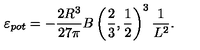
\varepsilon _ { p o t } = - \frac { 2 R ^ { 3 } } { 2 7 \pi } B \left( \frac { 2 } { 3 } , \frac { 1 } { 2 } \right) ^ { 3 } \frac { 1 } { L ^ { 2 } } .